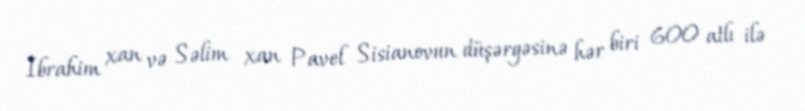
İbrahim xan və Səlim xan Pavel Sisianovun düşərgəsinə hər biri 600 atlı ilə